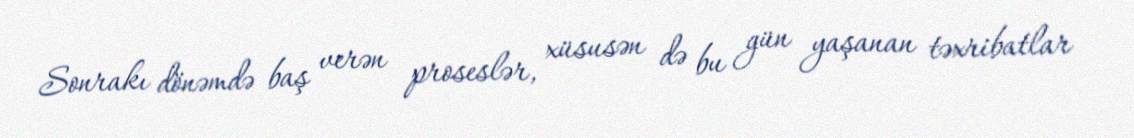
Sonrakı dönəmdə baş verən proseslər, xüsusən də bu gün yaşanan təxribatlar